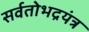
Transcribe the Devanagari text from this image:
सर्वतोभद्रयंत्र